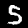
Label: 5